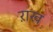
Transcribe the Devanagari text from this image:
ऱाख